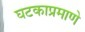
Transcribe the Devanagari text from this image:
घटकाप्रमाणे